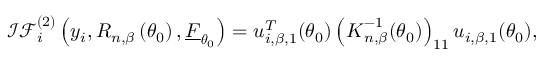
\mathcal { I F } _ { i } ^ { ( 2 ) } \left( y _ { i } , R _ { n , \beta } \left( \boldsymbol { \theta } _ { 0 } \right) , \underline { { F } } _ { \boldsymbol { \theta } _ { 0 } } \right) = \boldsymbol { u } _ { i , \beta , 1 } ^ { T } ( \boldsymbol { \theta } _ { 0 } ) \left( \boldsymbol { K } _ { n , \beta } ^ { - 1 } ( \boldsymbol { \theta } _ { 0 } ) \right) _ { 1 1 } \boldsymbol { u } _ { i , \beta , 1 } ( \boldsymbol { \theta } _ { 0 } ) ,